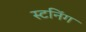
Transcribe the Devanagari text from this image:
स्टनिंग